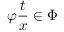
\varphi { \frac { t } { x } } \in \Phi